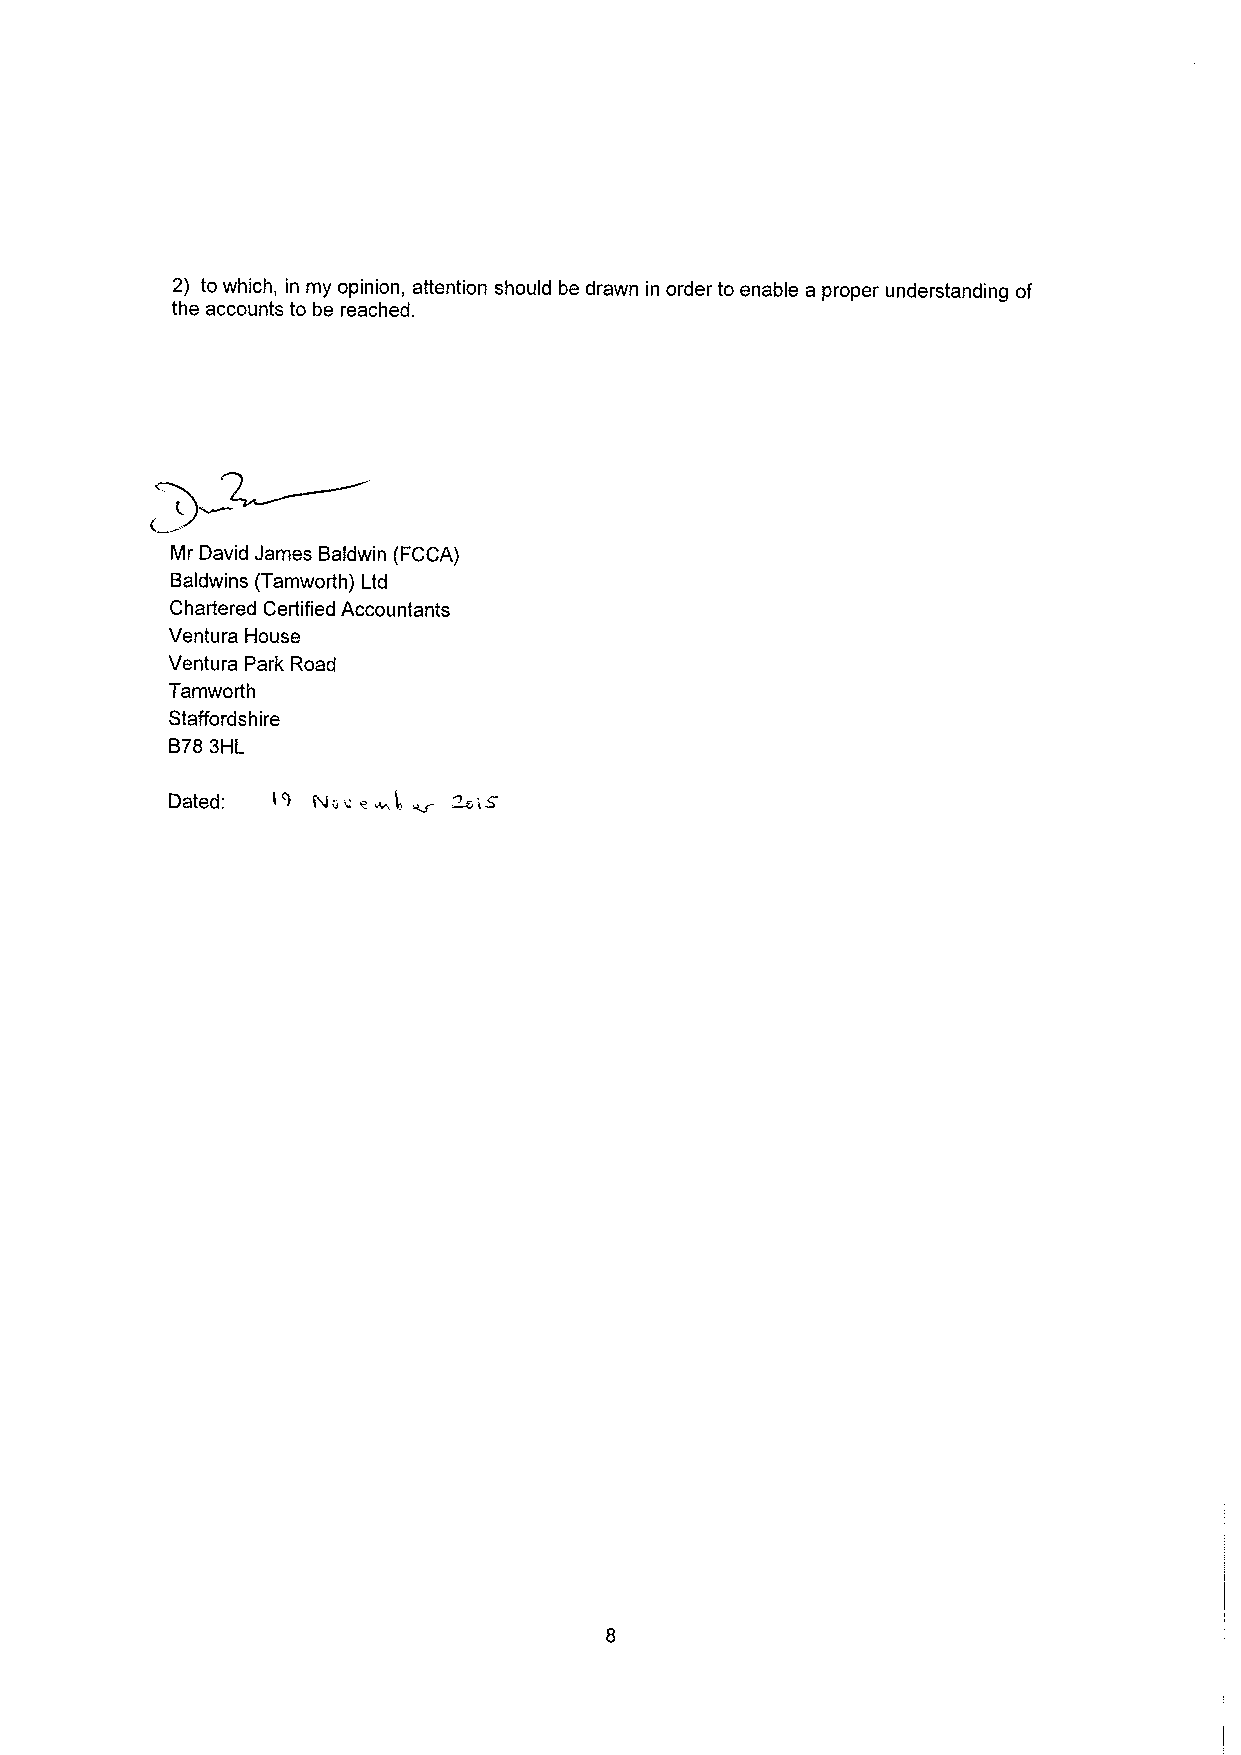
2) to which, in my opinion, attention should be drawn in order to enable a proper understanding of
 the accounts to be reached.
 Mr David James Baldwin (FCCA)
 Baldwins (Tamworth) Ltd
 Chartered Certified Accountants
 Ventura House
 Ventura Park Road
 Tamworth
 Staffordshire
 B783HL